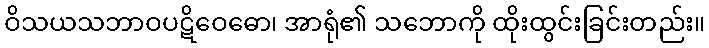
ဝိသယသဘာဝပဋိဝေဓော၊ အာရုံ၏ သဘောကို ထိုးထွင်းခြင်းတည်း။